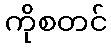
ကိုစတင်